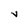
Character: v